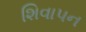
શિવાપન